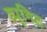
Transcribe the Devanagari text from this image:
ड्यूगिट